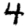
Digit: 4